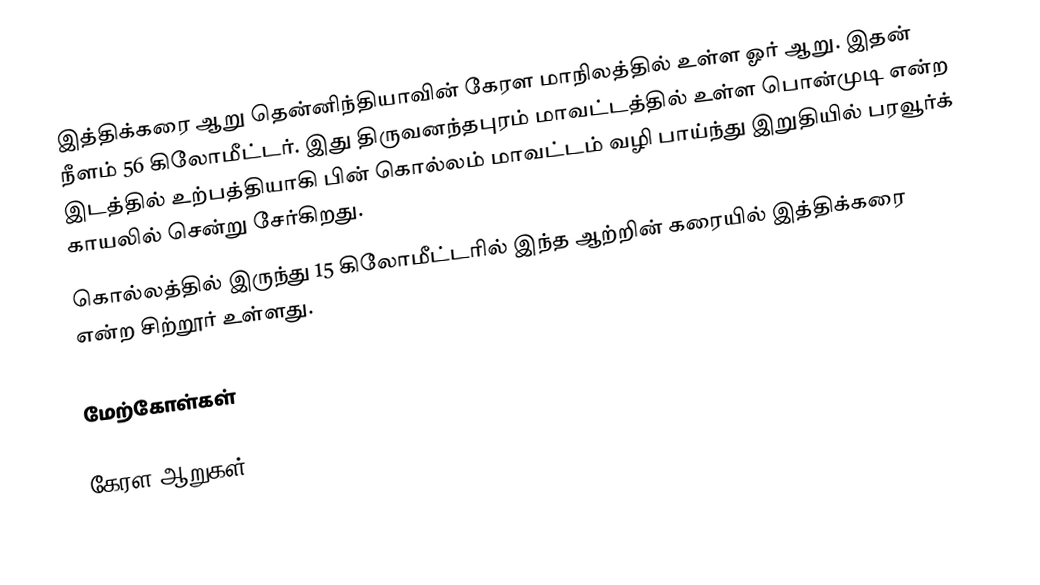
இத்திக்கரை ஆறு தென்னிந்தியாவின் கேரள மாநிலத்தில் உள்ள ஓர் ஆறு. இதன் நீளம் 56 கிலோமீட்டர். இது திருவனந்தபுரம் மாவட்டத்தில் உள்ள பொன்முடி என்ற இடத்தில் உற்பத்தியாகி பின் கொல்லம் மாவட்டம் வழி பாய்ந்து இறுதியில் பரவூர்க் காயலில் சென்று சேர்கிறது.
கொல்லத்தில் இருந்து 15 கிலோமீட்டரில் இந்த ஆற்றின் கரையில் இத்திக்கரை என்ற சிற்றூர் உள்ளது.

மேற்கோள்கள்

கேரள ஆறுகள்